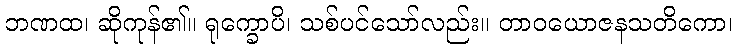
ဘဏထ၊ ဆိုကုန်၏။ ရုက္ခောပိ၊ သစ်ပင်သော်လည်း။ တာဝယောဇနသတိကော၊